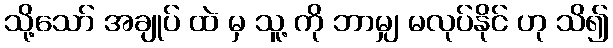
သို့သော် အချုပ် ထဲ မှ သူ့ ကို ဘာမျှ မလုပ်နိုင် ဟု သိ၍